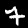
Label: 7